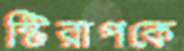
স্টিরাপকে